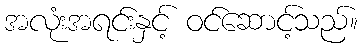
အလုံးအရင်းနှင့် ဝင်ဆောင့်သည်။